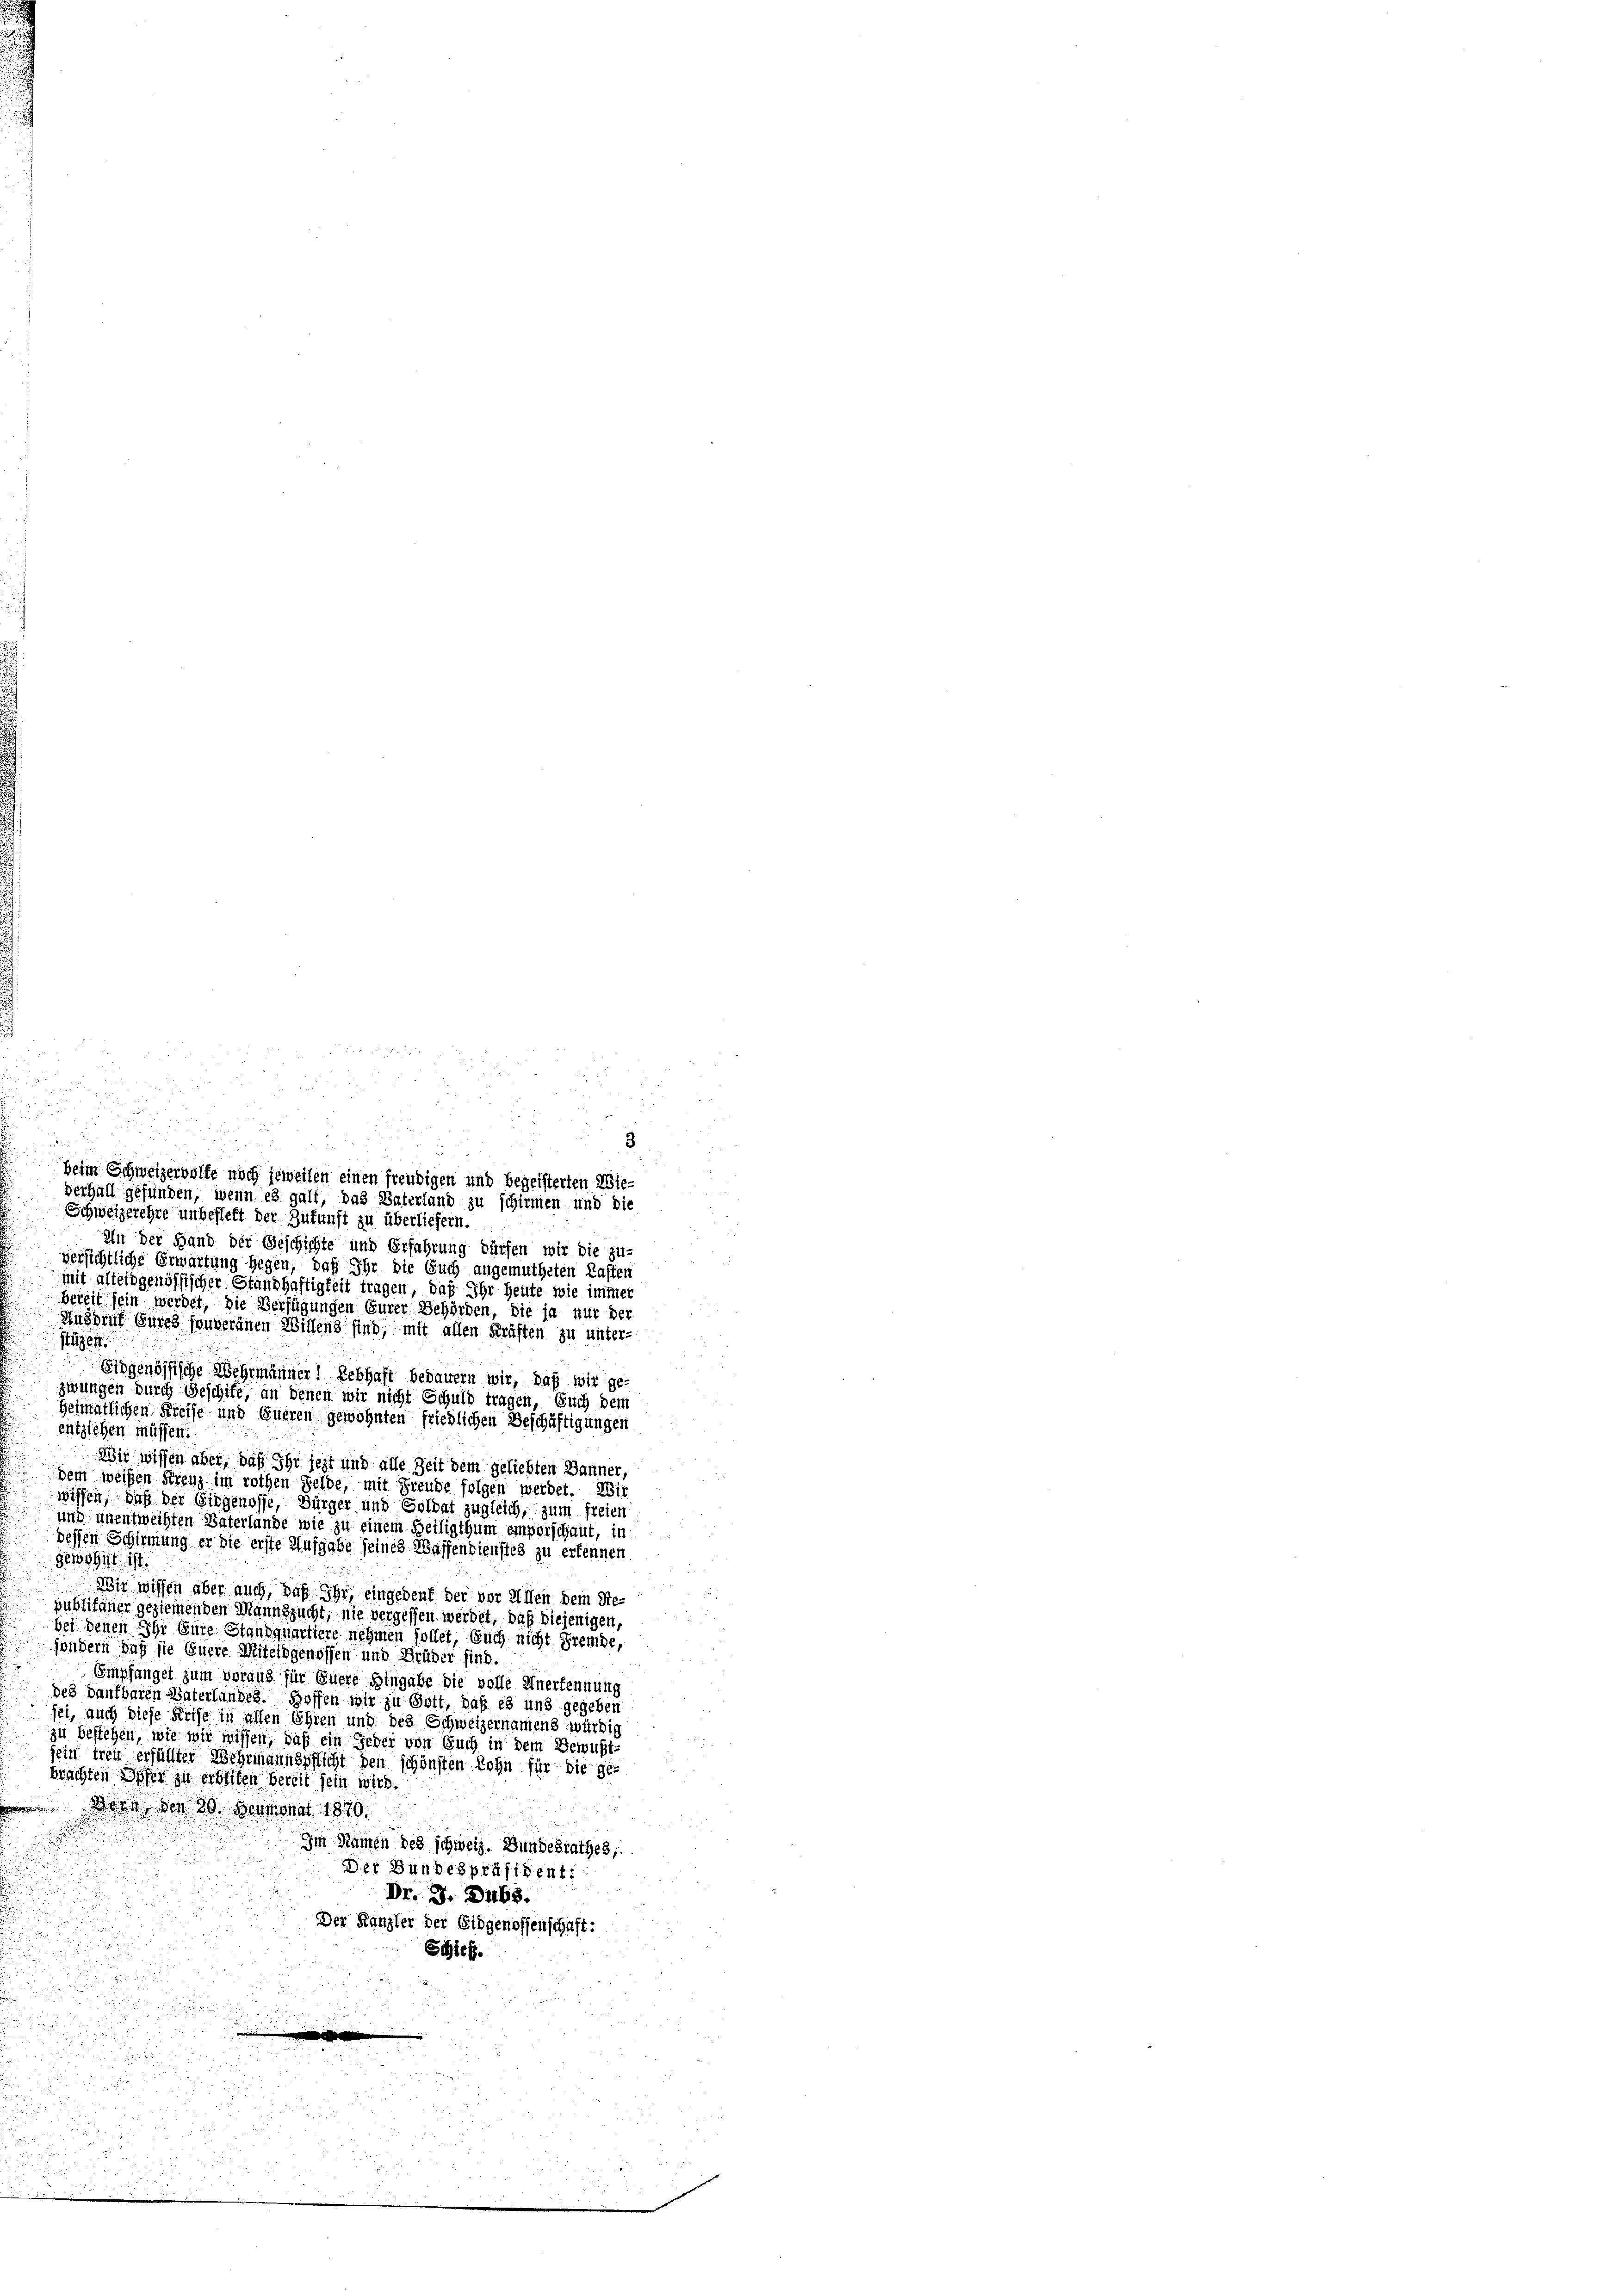
25

In der Hand der Geschichte und Erfahrung dürfen wir die zu-
versichtliche Erwartung gegen, daß Ihr die Euch angemutheten Kasten
mit alteidgenössischer Standhaftigkeit tragen, daß Ihr heute wie immer
Bereit sein werdet, die Verfügungen Eurer Behörden, die ja nur der
Ausruf eures souveränen Willen sind, mit allen Kräften zu unter-
Hügel
Eidgenössische Wehrmänner! Rebhaft bedauern wir, daß wir ge-
zwungen durch Geschife, an denen wir nicht Schuld tragen, Euch dem
Heimatlichen Kreise und Eueren gewohnten friedlichen Beschäftigungen
entziehen müssen:
Wir wissen aber, daß Ihr jezt und alle Zeit dem geliebten Danner,
dem weisen Kreuz im rothen Selbe, mit Freude folgen werdet. Wir
wissen, daß der irgenosse, Bürger und Soldat zugleich, zum freien
und unentweihten Vaterlande wie zu einem Beiligthum emporschaut, in
dessen Schirmung er die erste Aufgabe seines Waffendienstes zu erkennen.
Gewohnt ist.
Wir wissen aber auch, daß Ihr, eingebent der vor Allen dem Re-
publikaner geziemenden Mannszucht, nie vergessen werdet, daß diejenigen,
bei denen Ihr Eure Standquartiere nehmen sollet, Euch nicht Fremde,
sondern, daß sie Euere Miteidgenossen und Brüder sind.
Empfangel zum voraus für Euere Hingabe die volle Anerkennung
des Dankbaren Baierlandes. Hoffen wir zu Gott, daß es uns gegeben
sei, auch diese Frise in alten Ehren und des Schweizernamens würdig
zu bestehen, wie wir wissen, daß ein Jeder von Euch in dem Bewust-
sein treu erfüllter Wehrigenspflicht den schönsten Lohn für die ge-
brachten Höfer zu erbeiten bereit sein wird.

Bern den 30. Heumonat 1870.
Im Namen des schweiz. Bundesrathes,
Der Bundespräsident:
Dr. J. Dubs.
Der Kanzler der Eidgenossenschaft:
Schief
.

3

beim Schweizervolfe noch jeweilen einen freudigen und begeisterten Wie¬
Verhall gefunden, wenn es galt, das Vaterland zu schirmen und die
Schweizerehre unbesteht der Zukunft zu überliefern.